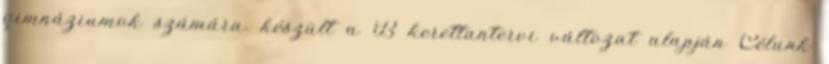
gimnáziumok számára. készült a B kerettantervi változat alapján Célunk